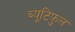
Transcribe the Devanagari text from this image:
ब्यूटिफ़ुल